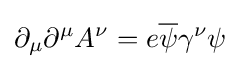
\partial _{\mu }\partial ^{\mu }A^{\nu }=e{\overline {\psi }}\gamma ^{\nu }\psi